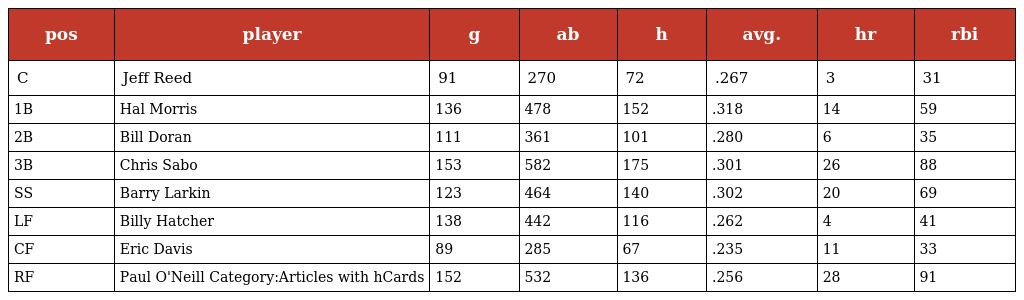
| pos | player | g | ab | h | avg. | hr | rbi |
 | --- | --- | --- | --- | --- | --- | --- | --- |
 | C | Jeff Reed | 91 | 270 | 72 | .267 | 3 | 31 |
 | 1B | Hal Morris | 136 | 478 | 152 | .318 | 14 | 59 |
 | 2B | Bill Doran | 111 | 361 | 101 | .280 | 6 | 35 |
 | 3B | Chris Sabo | 153 | 582 | 175 | .301 | 26 | 88 |
 | SS | Barry Larkin | 123 | 464 | 140 | .302 | 20 | 69 |
 | LF | Billy Hatcher | 138 | 442 | 116 | .262 | 4 | 41 |
 | CF | Eric Davis | 89 | 285 | 67 | .235 | 11 | 33 |
 | RF | Paul O'Neill Category:Articles with hCards | 152 | 532 | 136 | .256 | 28 | 91 |